Civil Veterinary Department Bengal reports 1933-51 - 1933-1951
Year: 1933
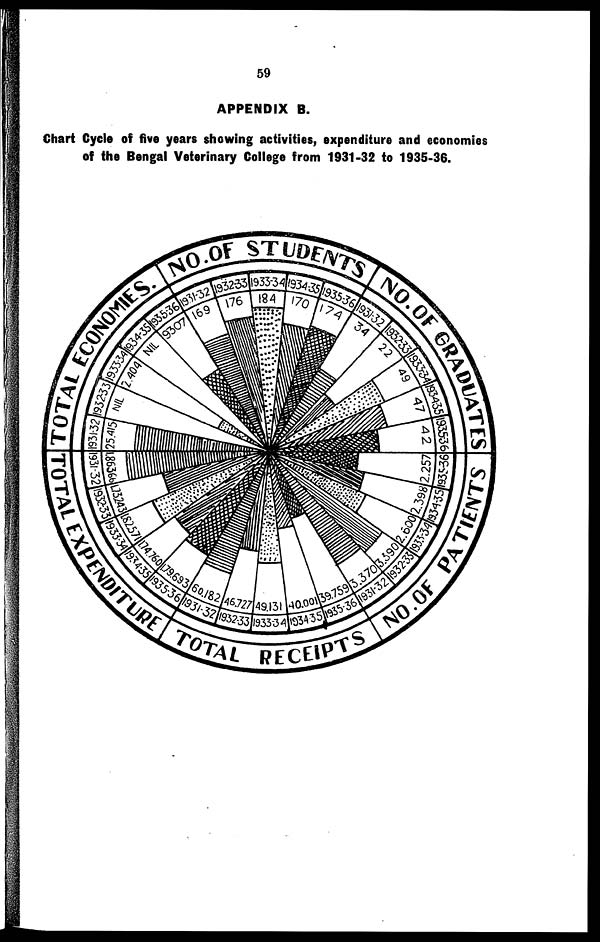
59
APPENDIX B.
Chart Cycle of five years showing activities, expenditure and economies
of the Bengal Veterinary College from 1931-32 to 1935-36.